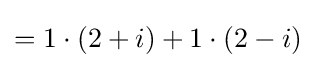
=1\cdot (2+i)+1\cdot (2-i)